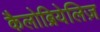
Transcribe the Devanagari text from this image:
कैलोब्रियेलिज़